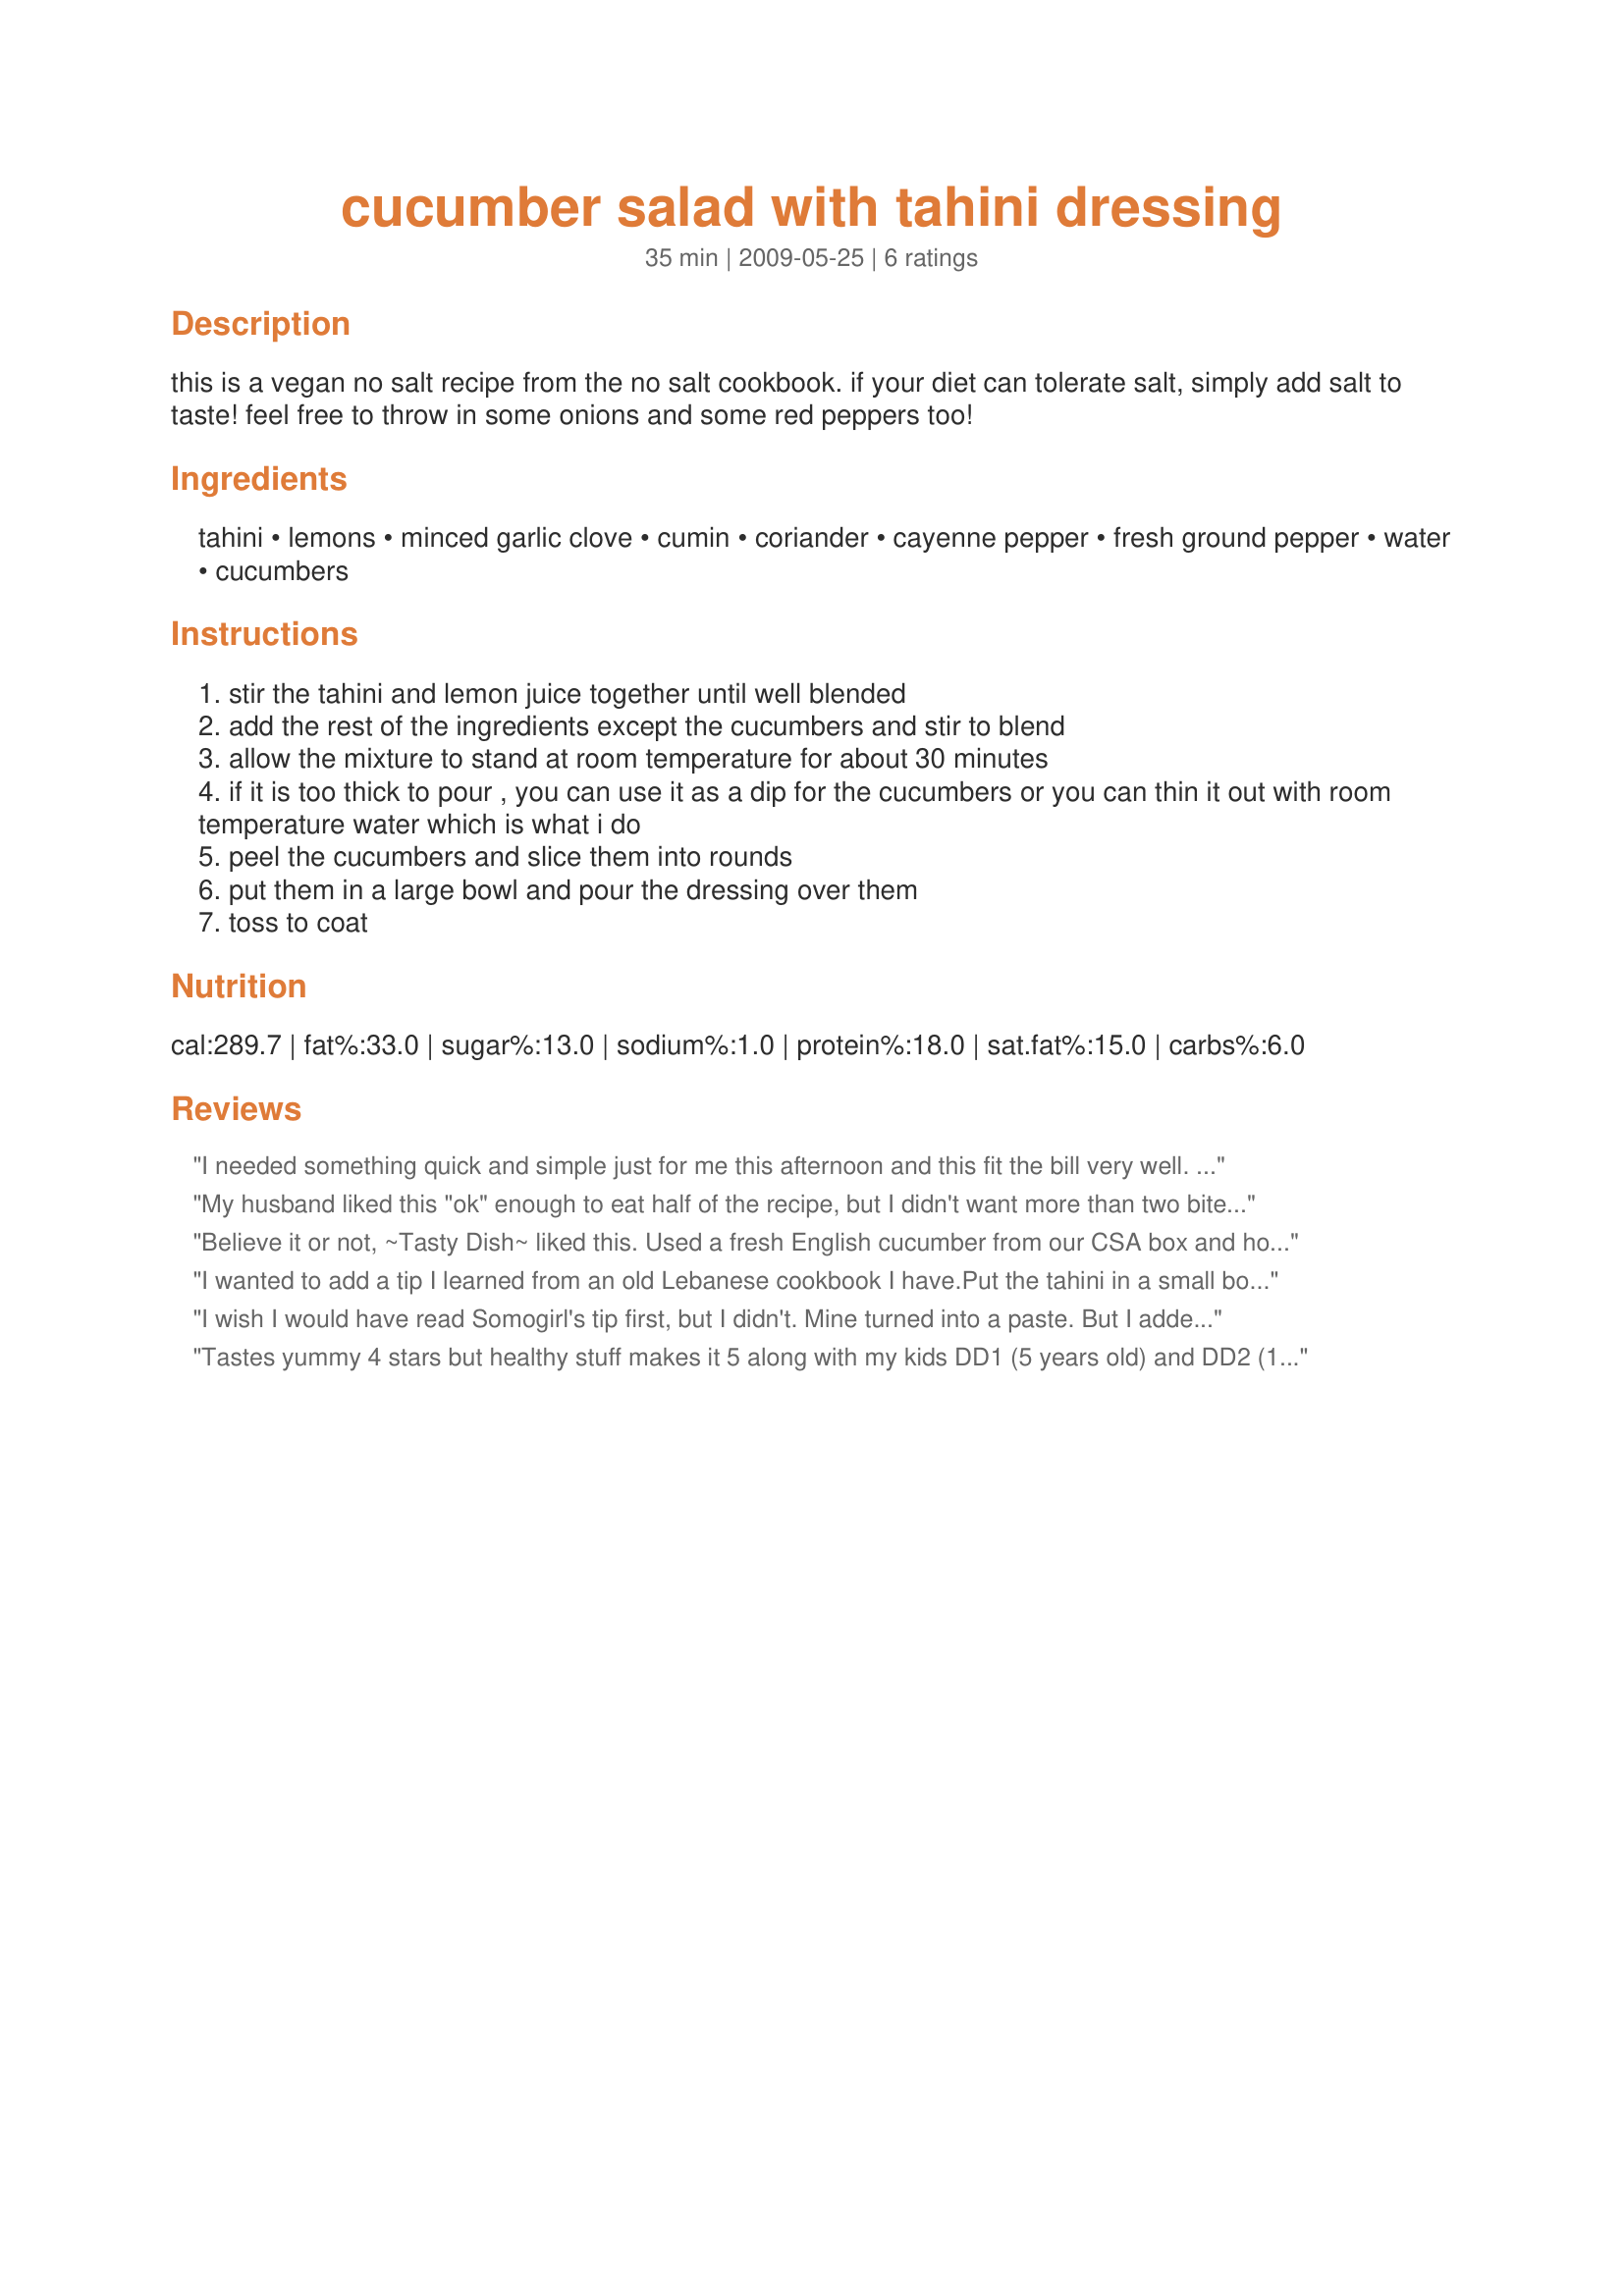
cucumber salad with tahini dressing
Preparation time: 35 minutes

this is a vegan no salt recipe from the no salt cookbook. if your diet can tolerate salt, simply add salt to taste! feel free to throw in some onions and some red peppers too!

Ingredients:
tahini, lemons, minced garlic clove, cumin, coriander, cayenne pepper, fresh ground pepper, water, cucumbers

Steps:
stir the tahini and lemon juice together until well blended
add the rest of the ingredients except the cucumbers and stir to blend
allow the mixture to stand at room temperature for about 30 minutes
if it is too thick to pour , you can use it as a dip for the cucumbers or you can thin it out with room temperature water which is what i do
peel the cucumbers and slice them into rounds
put them in a large bowl and pour the dressing over them
toss to coat

Reviews:
I needed something quick and simple just for me this afternoon and this fit the bill very well. I do confess to adding salt, it just wasn't coming together for me without it, and I drizzled some flax oil on top at the end. Made half the recipe and served with sliced cucumber and other fresh veg....and some leftover veggie burgers. I'm just missing some pita triangles! I think this would be great as a sandwich spread, and would likely add a clove of garlic next time. I didn't eat the entire thing so I'm planning to work the leftovers into a salad dressing tonight.
My husband liked this "ok" enough to eat half of the recipe, but I didn't want more than two bites. This dressing is too strong to just pour over cucumbers. I think that if it were thinned with more lemon juice and water, it would make a good dip for cukes, veges or pita chips. ZWT8
Believe it or not, ~Tasty Dish~ liked this. Used a fresh English cucumber from our CSA box and homemade tahini. Added fresh chives from our garden and fresh cilantro for garnish. A super quick and healthy snack for elevenses served with Arabic bread and fresh strawberries. Reviewed for Veg Tag/March.
I wanted to add a tip I learned from an old Lebanese cookbook I have.Put the tahini in a small bowl first,slowly add a tablespoon or two of very warm water.Stir vigorously with a fork.This makes the tahini creamy and smooth and easier to add to any dish you are making.
I wish I would have read Somogirl's tip first, but I didn't. Mine turned into a paste. But I added water then, and it came out just fine. I think maybe tahini is an acquired taste, but it could grow on me. it definitely was better with salt! Thanks for introducing me to something new!
Tastes yummy 4 stars but healthy stuff makes it 5 along with my kids DD1 (5 years old) and DD2 (15 months) liking it (yes I have healthy children alhamdulillah (praise b e to God)). I used organic tahini by Nut`s to You, water in the tahini like a reviewer mentioned and another recipe we love, recipe/149565, 2 organic lemons (they were cold from the refrigerator), 4 organic garlic cloves for our health, same amout of cayenne pepper as the poster uses (also for the health), organic English cucumbers, plus the rest of the ingredients. Made for Healthy Choices Tag Game 2013.
